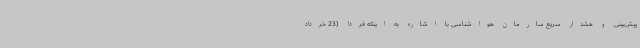
پیش‌بینی و هشدار سریع سازمان هواشناسی با اشاره به اینکه فردا (23 خرداد